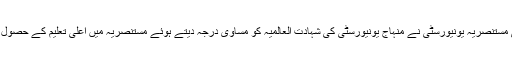
مزید یہ کہ بغداد کی مستنصریہ یونیورسٹی نے منہاج یونیورسٹی کی شہادت العالمیہ کو مساوی درجہ دیتے ہوئے مستنصریہ میں اعلیٰ تعلیم کے حصول کیلئے تسلیم کیا ہے۔